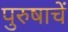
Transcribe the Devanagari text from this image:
पुरुषाचें